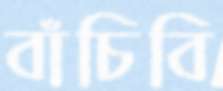
বাঁচিবি